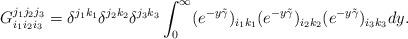
LaTeX: \begin{align*}G_{i_1i_2i_3}^{j_1j_2j_3}=\delta^{j_1k_1}\delta^{j_2k_2}\delta^{j_3k_3}\int_0^\infty (e^{-y\tilde \gamma})_{i_1k_1} (e^{-y\tilde \gamma})_{i_2k_2} (e^{-y\tilde \gamma})_{i_3k_3} dy.\end{align*}